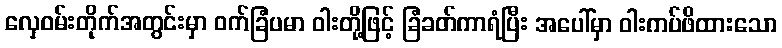
လှေဝမ်းတိုက်အတွင်းမှာ ဝက်ခြံပမာ ဝါးတို့ဖြင့် ခြံခတ်ကာရံပြီး အပေါ်မှာ ဝါးကပ်ဖိထားသော